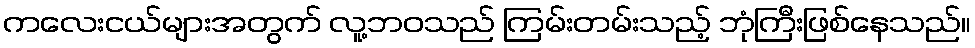
ကလေးငယ်များအတွက် လူ့ဘဝသည် ကြမ်းတမ်းသည့် ဘုံကြီးဖြစ်နေသည်။